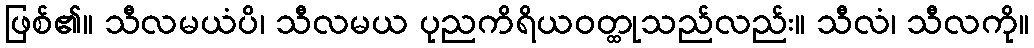
ဖြစ်၏။ သီလမယံပိ၊ သီလမယ ပုညကိရိယဝတ္ထုသည်လည်း။ သီလံ၊ သီလကို။